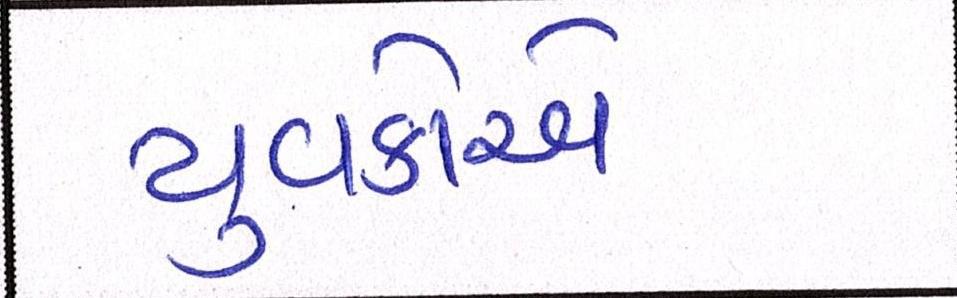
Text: યુવકોએ